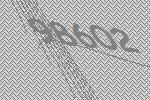
98602